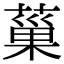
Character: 𦸛